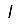
Digit: 1